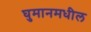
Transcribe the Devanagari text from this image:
घुमानमधील